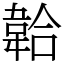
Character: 韐